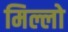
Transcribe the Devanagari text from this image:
मिल्लो